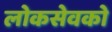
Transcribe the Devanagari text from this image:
लोकसेवको